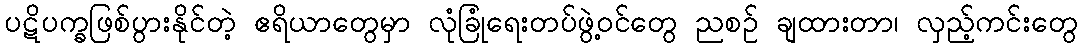
ပဋိပက္ခဖြစ်ပွားနိုင်တဲ့ ဧရိယာတွေမှာ လုံခြုံရေးတပ်ဖွဲ့ဝင်တွေ ညစဉ် ချထားတာ၊ လှည့်ကင်းတွေ